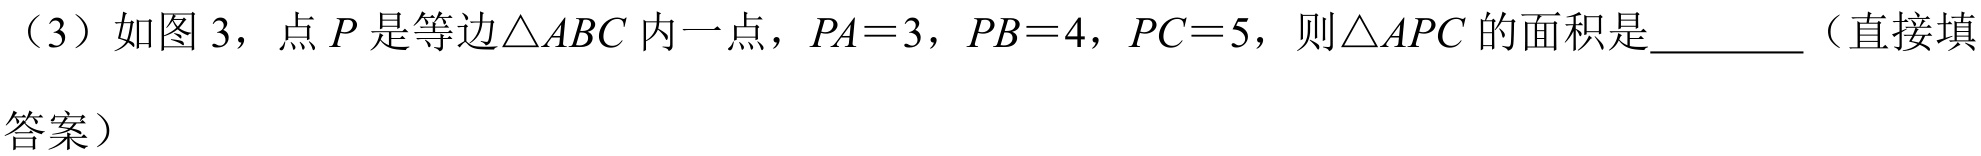
（3）如图 3，点 \(P\) 是等边\(\triangle ABC\) 内一点，\(PA = 3\)，\(PB = 4\)，\(PC = 5\)，则\(\triangle APC\) 的面积是  （直接填
答案）